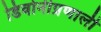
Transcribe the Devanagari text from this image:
डिवोनीप्रणाली